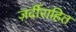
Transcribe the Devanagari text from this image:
ज़र्दीराहित